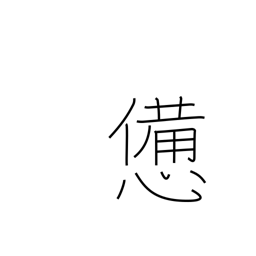
Meaning: fatigue